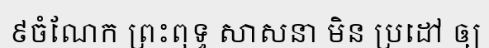
៩ចំណែក ព្រះពុទ្ធ សាសនា មិន ប្រដៅ ឲ្យ